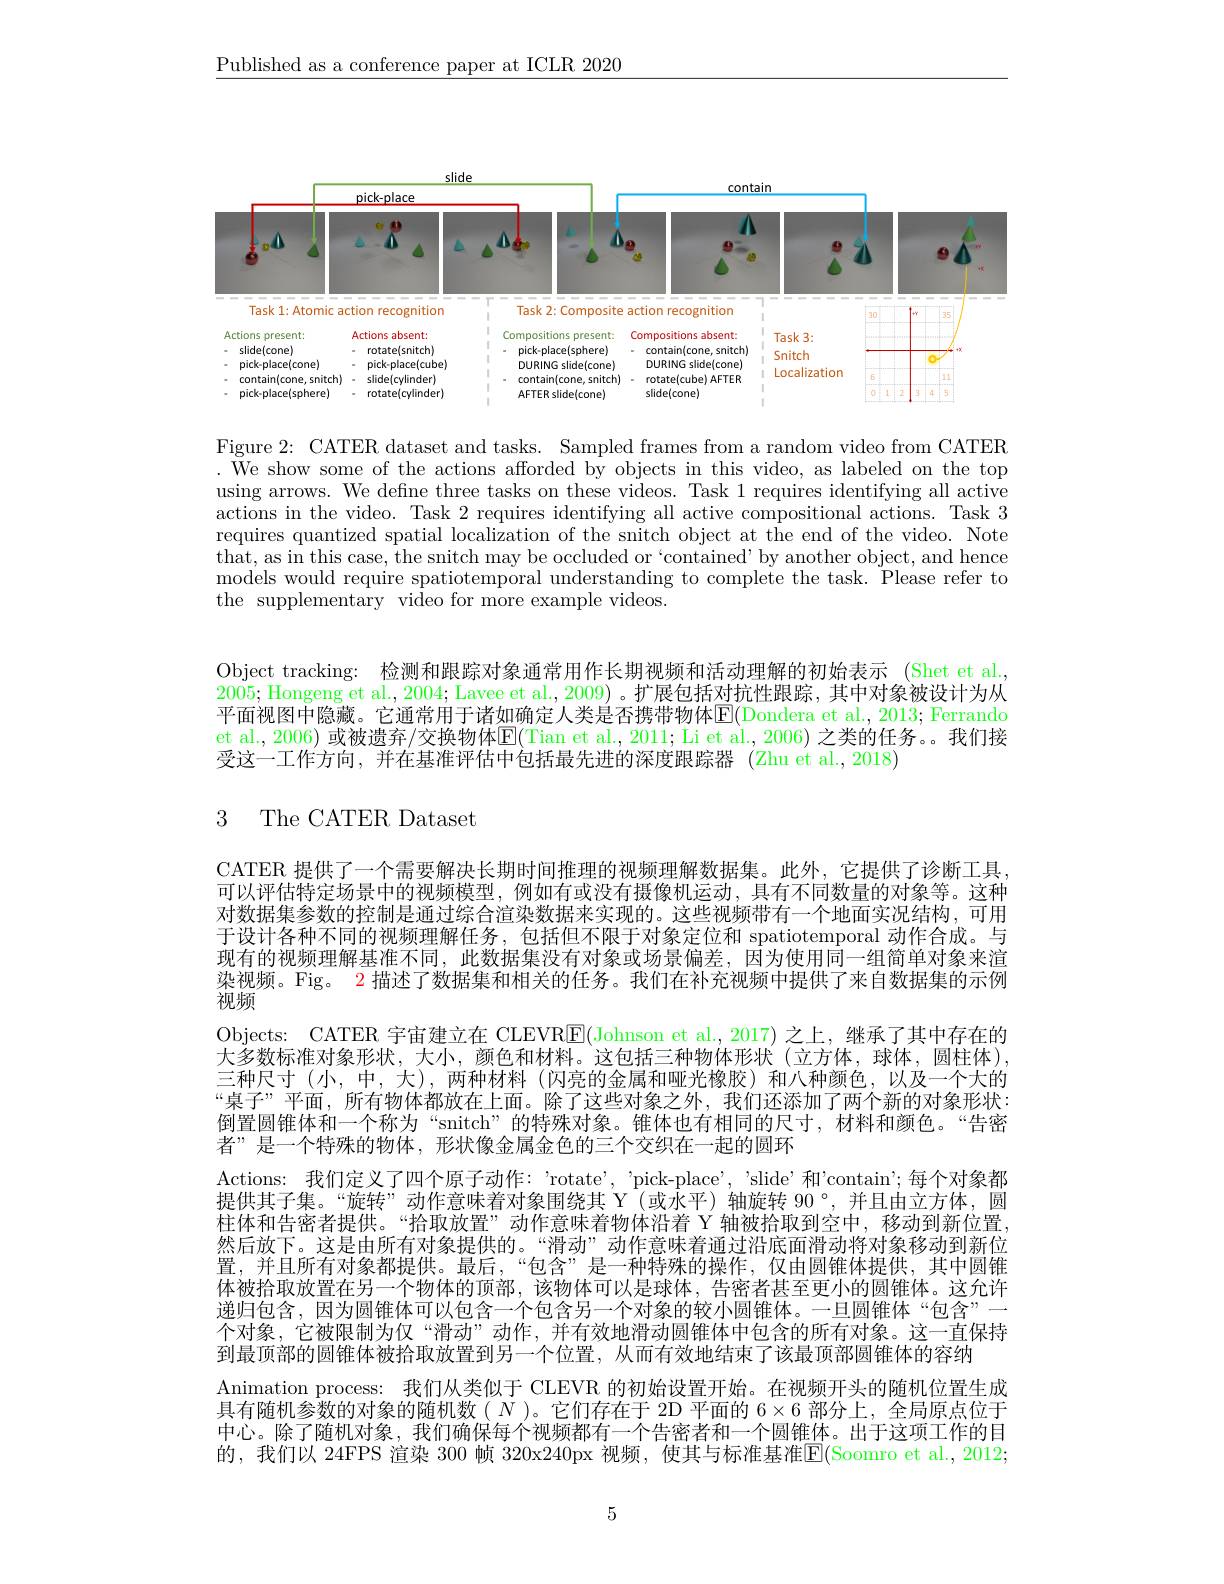
$\underline{\text{Published as a conference paper at ICLR 2020}}$

<FigureHere>

Figure 2: CATER dataset and tasks. Sampled frames from a random video from CATER . We show some of the actions afforded by objects in this video, as labeled on the top using arrows. We define three tasks on these videos. Task 1 requires identifying all active actions in the video. Task 2 requires identifying all active compositional actions. Task 3 requires quantized spatial localization of the snitch object at the end of the video. Note $\begin{array}{c}{\text{that, as in this case, the snitch may be occluded or“contained’by another object, and hence}}\end{array}$ models would require spatiotemporal understanding to complete the task. Please refer to the supplementary video for more example videos.

Object tracking: 检测和跟踪对象通常用作长期视频和活动理解的初始表示 (Shet et al. 2005; Hongeng et al., 2004; Lavee et al., 2009) 。扩展包括对抗性跟踪，其中对象被设计为从平面视图中隐藏。它通常用于诸如确定人类是否携带物体$\mathbb{E}($Dondera et al., 2013; Ferrando et al., 2006) 或被遗弃/交换物体$\mathbb{E}($Tian et al., 2011; Li et al., 2006) 之类的任务。我们接受这一工作方向，并在基准评估中包括最先进的深度跟踪器 (Zhu et al.,2018)

3 The CATER Dataset

CATER 提供了一个需要解决长期时间推理的视频理解数据集。此外，它提供了诊断工具， 可以评估特定场景中的视频模型，例如有或没有摄像机运动，具有不同数量的对象等。这种对数据集参数的控制是通过综合渲染数据来实现的。这些视频带有一个地面实况结构，可用于设计各种不同的视频理解任务，包括但不限于对象定位和 spatiotemporal 动作合成。与现有的视频理解基准不同，此数据集没有对象或场景偏差，因为使用同一组简单对象来渲染视频。Fig。2 描述了数据集和相关的任务。我们在补充视频中提供了来自数据集的示例视频
Objects: CATER 宇宙建立在 CLEVR$\boxed{\mathrm{F}}($Johnson et al.,2017)之上，继承了其中存在的大多数标准对象形状，大小，颜色和材料。这包括三种物体形状(立方体，球体，圆柱体), 三种尺寸(小，中，大),两种材料(闪亮的金属和哑光橡胶)和八种颜色，以及一个大的“桌子”平面，所有物体都放在上面。除了这些对象之外，我们还添加了两个新的对象形状： 倒置圆锥体和一个称为“snitch”的特殊对象。锥体也有相同的尺寸，材料和颜色。“告密者”是一个特殊的物体，形状像金属金色的三个交织在一起的圆环
Actions: 我们定义了四个原子动作：'rotate', 'pick-place', 'slide'和'contain';每个对象都提供其子集。“旋转”动作意味着对象围绕其 Y(或水平)轴旋转 90°,并且由立方体，圆柱体和告密者提供。“拾取放置”动作意味着物体沿着 Y 轴被拾取到空中，移动到新位置， 然后放下。这是由所有对象提供的。“滑动”动作意味着通过沿底面滑动将对象移动到新位置，并且所有对象都提供。最后，“包含”是一种特殊的操作，仅由圆锥体提供，其中圆锥体被拾取放置在另一个物体的顶部，该物体可以是球体，告密者甚至更小的圆锥体。这允许递归包含，因为圆锥体可以包含一个包含另一个对象的较小圆锥体。一旦圆锥体“包含”一个对象，它被限制为仅“滑动”动作，并有效地滑动圆锥体中包含的所有对象。这一直保持到最顶部的圆锥体被拾取放置到另一个位置，从而有效地结束了该最顶部圆锥体的容纳
Animation process: 我们从类似于 CLEVR 的初始设置开始。在视频开头的随机位置生成具有随机参数的对象的随机数$(N)$。它们存在于 2D 平面的 $6\times6$ 部分上，全局原点位于中心。除了随机对象，我们确保每个视频都有一个告密者和一个圆锥体。出干这项丁作的目的，我们以 24FPS 渲染 300 帧 320x240px 视频，使其与标准基准E(Soomro et al.,2012;

5